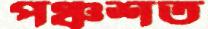
পঞ্চশত